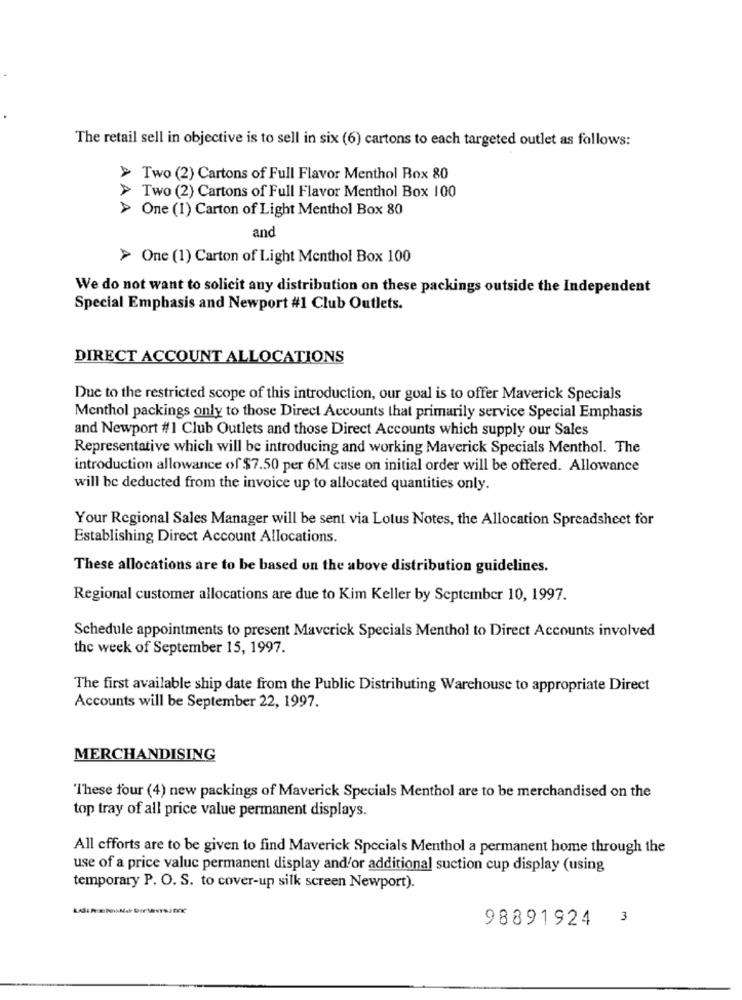
The retail sell in objective is to sell in six (6) cartons to each targeted outlet as follows:
> Two (2) Cartons of Full Flavor Menthol Box 80
> Two (2) Cartons of Full Flavor Menthol Box 100
> One (1) Carton of Light Menthol Box 80
and
> One (1) Carton of Light Menthol Box 100
We do not want to solicit any distribution on these packings outside the Independent
Special Emphasis and Newport #1 Club Outlets.
DIRECT ACCOUNT ALLOCATIONS
Due to the restricted scope of this introduction, our goal is to offer Maverick Specials
Menthol packings only to those Direct Accounts that primarily service Special Emphasis
and Newport #1 Club Outlets and those Direct Accounts which supply our Sales
Representative which will be introducing and working Maverick Specials Menthol. The
introduction allowance of $7.50 per 6M case on initial order will be offered. Allowance
will be deducted from the invoice up to allocated quantities only.
Your Regional Sales Manager will be sent via Lotus Notes, the Allocation Spreadsheet for
Establishing Direct Account Allocations.
These allocations are to be based on the above distribution guidelines.
Regional customer allocations are due to Kim Keller by September 10, 1997.
Schedule appointments to present Maverick Specials Menthol to Direct Accounts involved
the week of September 15, 1997.
The first available ship date from the Public Distributing Warehouse to appropriate Direct
Accounts will be September 22, 1997.
MERCHANDISING
"These four (4) new packings of Maverick Specials Menthol are to be merchandised on the
top tray of all price value permanent displays.
All efforts are to be given to find Maverick Specials Menthol a permanent home through the
use of a price valuc permanent display and'or additional suction cup display (using
temporary P. O. S. to cover-up silk screen Newport).
98891924
3